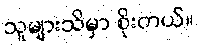
သူများသိမှာ စိုးတယ်။